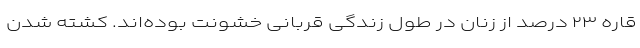
قاره ۲۳ درصد از زنان در طول زندگی قربانی خشونت بوده‌اند. کشته شدن